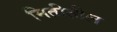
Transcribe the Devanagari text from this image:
मितीतील